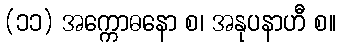
(၁၁) အက္ကောဓနော စ၊ အနုပနာဟီ စ။